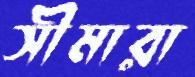
সীমারা